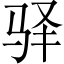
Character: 驿